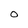
Character: 0